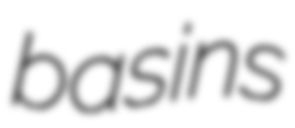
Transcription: basins